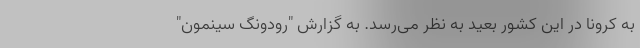
به کرونا در این کشور بعید به نظر می‌رسد. به گزارش "رودونگ سینمون"